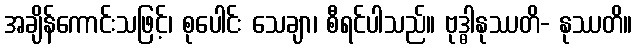
အချိန်ကောင်းသဖြင့်၊ စုပေါင်း သေချာ၊ စီရင်ပါသည်။ ဗုဒ္ဓါနုဿတိ- နုဿတိ။